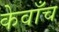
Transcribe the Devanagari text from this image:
केवाँच